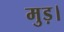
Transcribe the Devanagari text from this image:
मुड़।